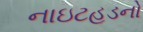
નાઇટહૂડનો